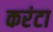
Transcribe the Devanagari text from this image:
करंटा